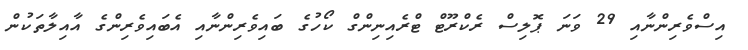
އިސްވެރިންނާއި 29 ވަނަ ޕޮލިސް ރެކްރޫޓް ޓްރެއިނިންގް ކޯހުގެ ބައިވެރިންނާއި އެބައިވެރިންގެ އާއިލާތަކުން